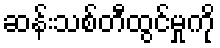
ဆန်းသစ်တီထွင်မှုကို